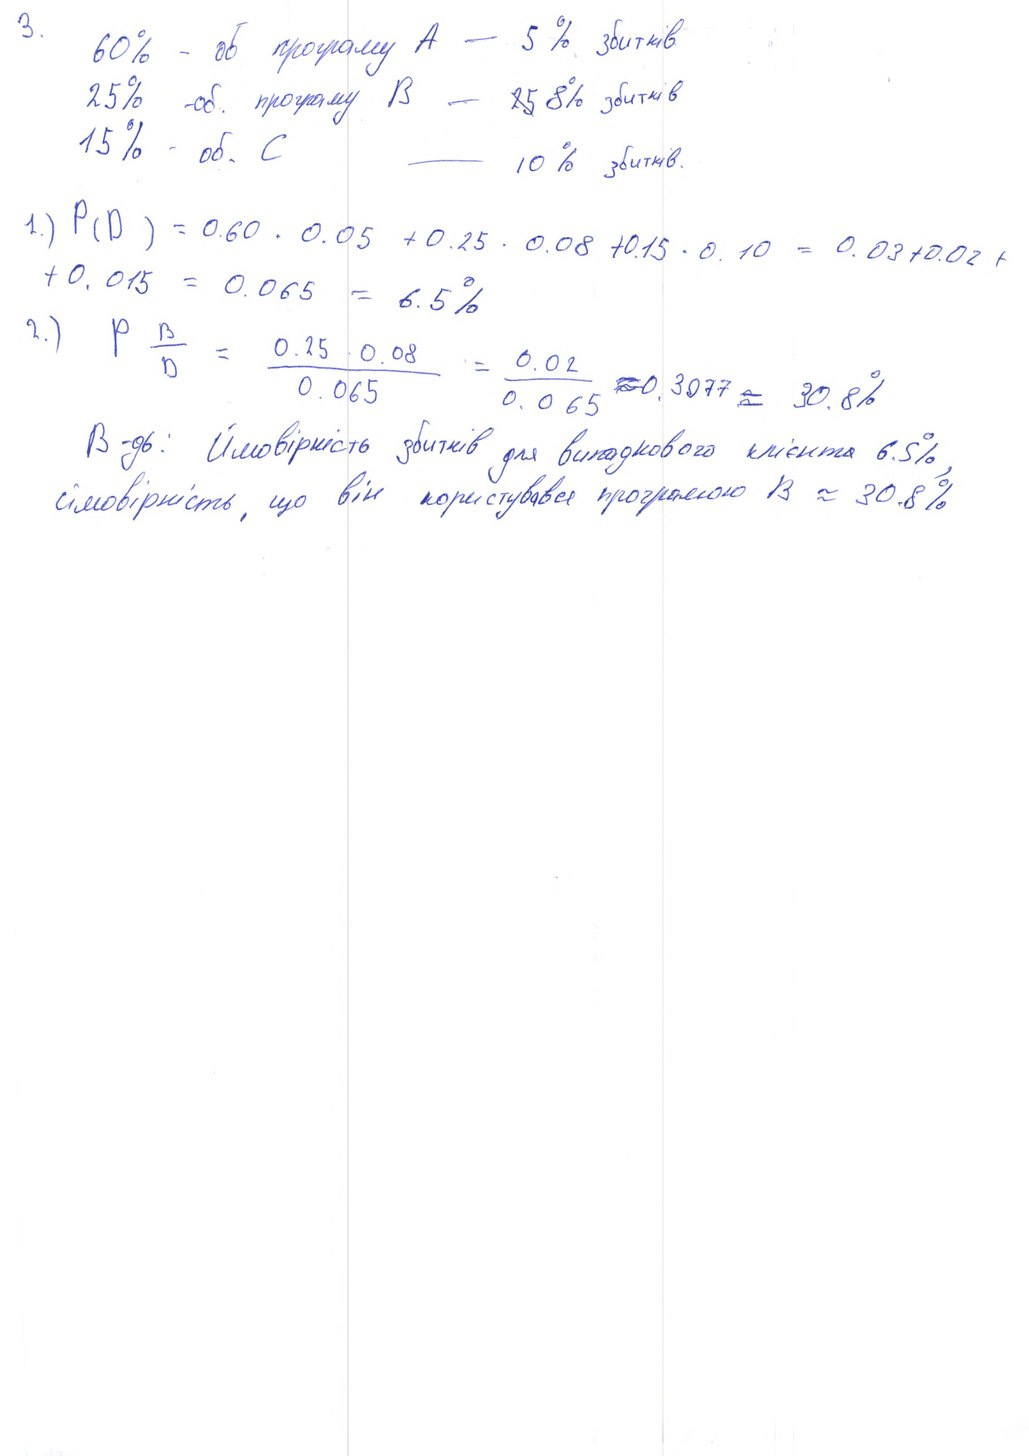
3. 60% - об програму А - 5% збитків
25% -об. програму В - ~~25~~ 8% збитків
15% - об. С -10% збитків.
1.) P(D) = 0.60 \cdot 0.05 + 0.25 \cdot 0.08 + 0.15 \cdot 0.10 = 0.03 + 0.02 + + 0.015 = 0.065 = 6.5\%
2.) \quad P \frac{B}{D} = \frac{0.25 \cdot 0.08}{0.065} = \frac{0.02}{0.065} \approx 0.3077 \approx 30.8\%
В-дь: Ймовірність збитків для випадкового клієнта 6.5%,
ймовірність що він користувався програмою B ≈ 30.8%